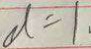
d = 1 、